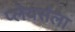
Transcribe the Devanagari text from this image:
प्लेयर्सला